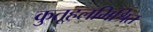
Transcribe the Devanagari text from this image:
कुतूहलमिश्रित